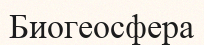
Биогеосфера